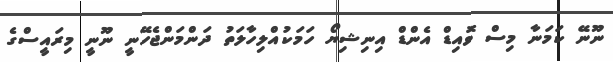
ނޫނޭ ކަމަނާ މިސް ވޮއިޑް އެންޑް އިނިޝިޔޯ ހަމަކުއްލިހާލަތު ދަންމަންޖެހޭނީ ނޫނީ މިރައީސްގެ